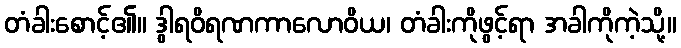
တံခါးစောင့်၏။ ဒွါရဝိရဏကာလောဝိယ၊ တံခါးကိုဖွင့်ရာ အခါကိုကဲ့သို့။